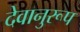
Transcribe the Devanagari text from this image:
देवानुरूप